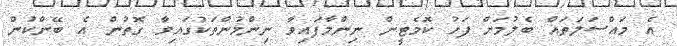
އެ މައްސަލަތައް ބެލުމަށް ފަހު ކޮމެޓީން ނިންމާފައިވާ ނިންމުންތަކުގައިވާ ގޮތުން އެ ބޭންކުން